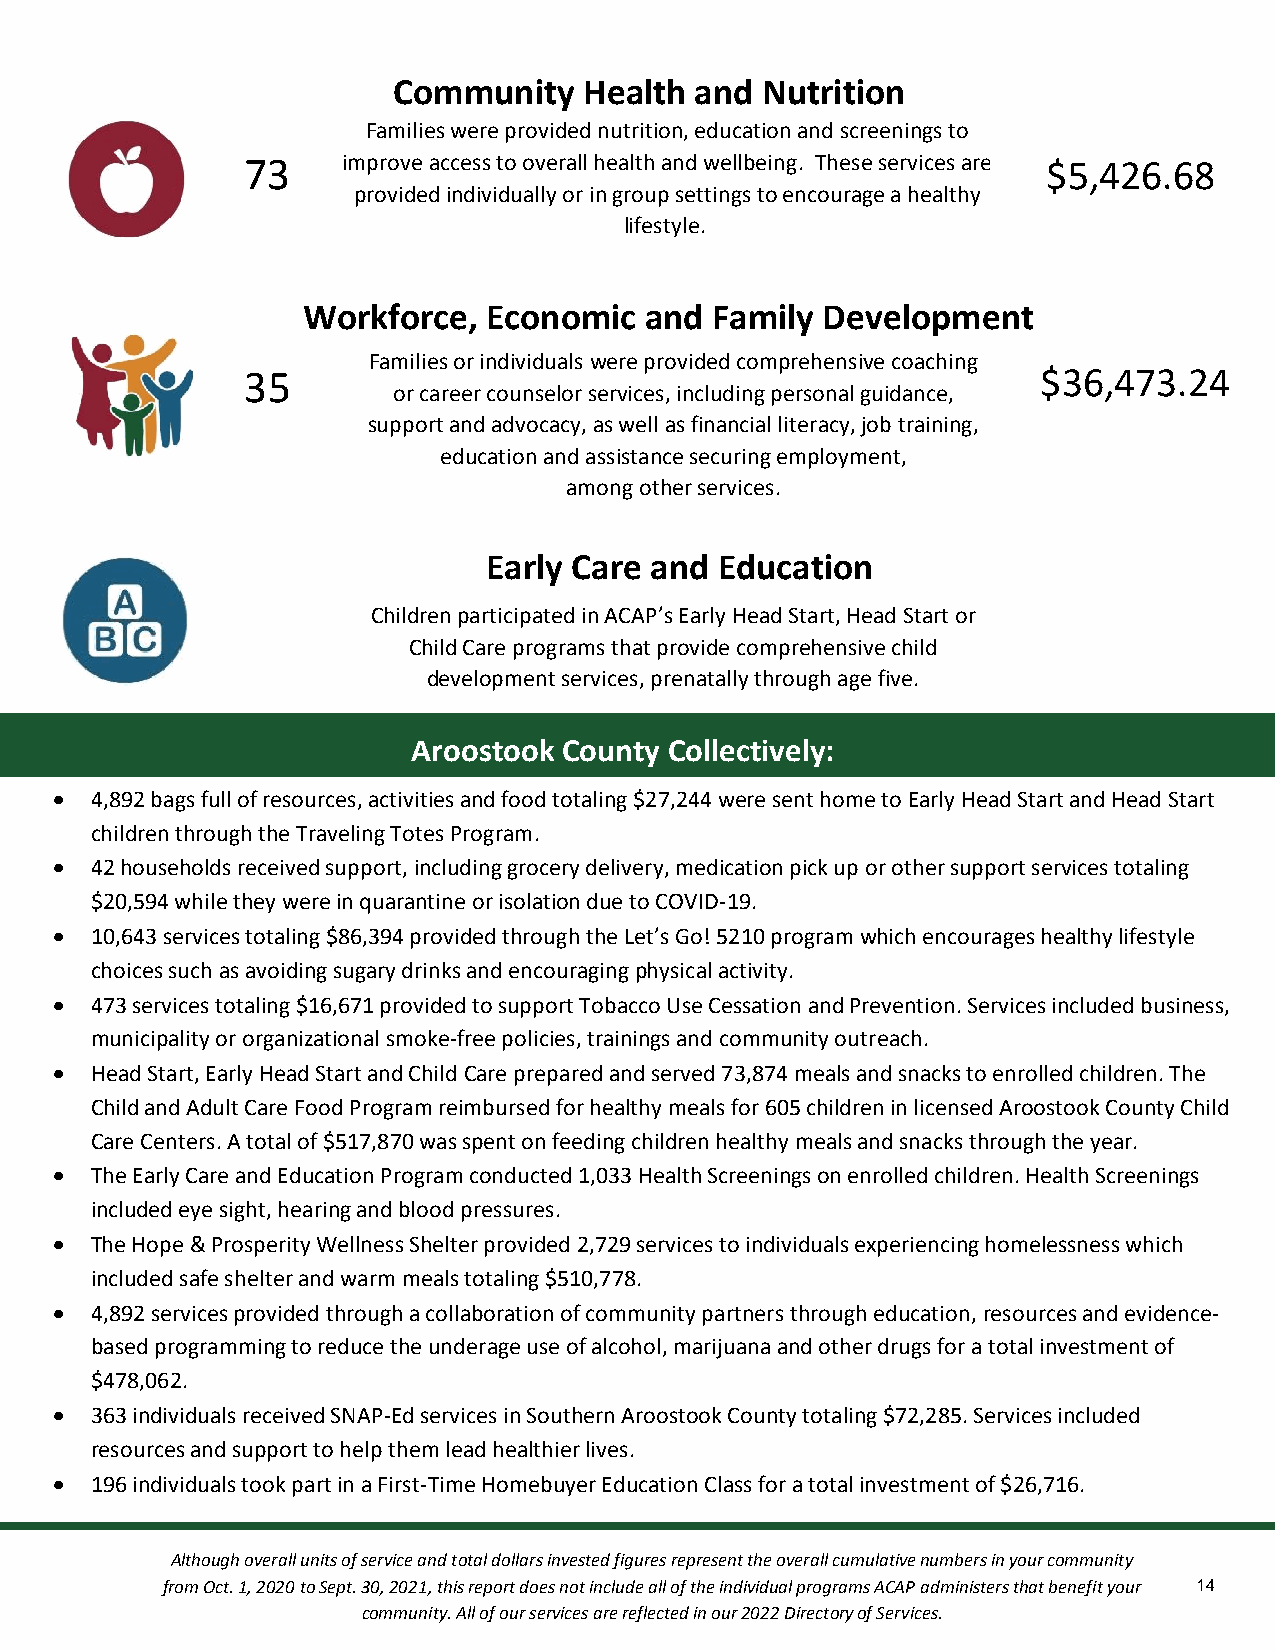
Community    Health and Nutrition
 Families were provided nutrition, education and screenings to
 73     imp rove access to overall healt&h a nd wellbeing. These services are $5,426.68
 provided individually or in group settings to encourage a healthy
 lifestyle.
 cation
 Workforce,  Economic   and Family Development
 Families or individuals were provided comprehensive coaching
 35                                                   $36,473.24
 or career counselor services, including personal guidacnacet,i on
 support and advocacy, as well as financial literacy, job training,
 education and assistance securing employment,
 among other services.
 Early Care and  Education
 Children participated in ACAP’s Early Head Start, Head Start or
 Child Care programs that provide comprehensive child
 development services, prenatally through age five.
 Aroostook County Collectively:
  4,892 bags full of resources, activities and food totaling $27,244 were sent home to Early Head Start and Head Start
 children through the Traveling Totes Program.
  42 households received support, including grocery delivery, medication pick up or other support services totaling
 $20,594 while they were in quarantine or isolation due to COVID-19.
  10,643 services totaling $86,394 provided through the Let’s Go! 5210 program which encourages healthy lifestyle
 choices such as avoiding sugary drinks and encouraging physical activity.
  473 services totaling $16,671 provided to support Tobacco Use Cessation and Prevention. Services included business,
 municipality or organizational smoke-free policies, trainings and community outreach.
  Head Start, Early Head Start and Child Care prepared and served 73,874 meals and snacks to enrolled children. The
 Child and Adult Care Food Program reimbursed for healthy meals for 605 children in licensed Aroostook County Child
 Care Centers. A total of $517,870 was spent on feeding children healthy meals and snacks through the year.
  The Early Care and Education Program conducted 1,033 Health Screenings on enrolled children. Health Screenings
 included eye sight, hearing and blood pressures.
  The Hope & Prosperity Wellness Shelter provided 2,729 services to individuals experiencing homelessness which
 included safe shelter and warm meals totaling $510,778.
  4,892 services provided through a collaboration of community partners through education, resources and evidence-
 based programming to reduce the underage use of alcohol, marijuana and other drugs for a total investment of
 $478,062.
  363 individuals received SNAP-Ed services in Southern Aroostook County totaling $72,285. Services included
 resources and support to help them lead healthier lives.
  196 individuals took part in a First-Time Homebuyer Education Class for a total investment of $26,716.
 Although overall units of service and total dollars invested figures represent the overall cumulative numbers in your community
 from Oct. 1, 2020 to Sept. 30, 2021, this report does not include all of the individual programs ACAP administers that benefit your 14
 community. All of our services are reflected in our 2022 Directory of Services.